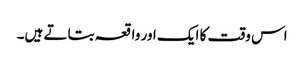
اس وقت کا ایک اور واقعہ بتاتے ہیں۔